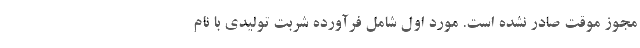
مجوز موقت صادر نشده است. مورد اول شامل فرآورده شربت تولیدی با نام